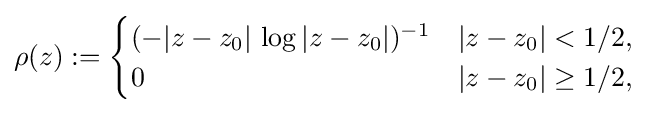
\rho (z):={\begin{cases}(-|z-z_{0}|\,\log |z-z_{0}|)^{-1}&|z-z_{0}|<1/2,\\0&|z-z_{0}|\geq 1/2,\end{cases}}